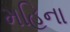
મહિના